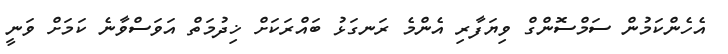
އެހެންކަމުން ސަމްސޮންގް ވިޔަފާރި އެންމެ ރަނގަޅު ބައްރަކަށް ޚިދުމަތް އަވަސްވާނެ ކަމަށް ވަނީ